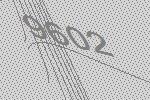
9602